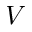
V